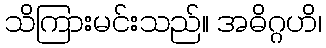
သိကြားမင်းသည်။ အဓိဂ္ဂဟိ၊